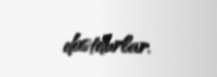
dostdurlar.